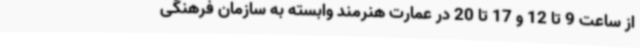
از ساعت 9 تا 12 و 17 تا 20 در عمارت هنرمند وابسته به سازمان فرهنگی